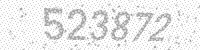
Solution: 523872